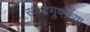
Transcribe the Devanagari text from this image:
स्कंदगुप्तच्या